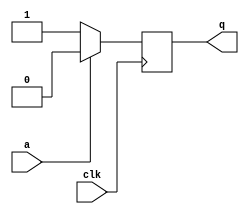
module top_module (
    input clk,
    input a,
    output reg q );

    always @ (posedge clk)
        begin
            if (!a)
                q <= 1'b1;
            else
                q <= 1'b0;
        end
    
endmodule